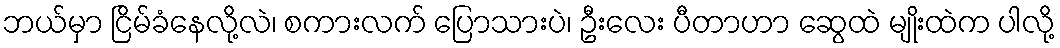
ဘယ်မှာ ငြိမ်ခံနေလို့လဲ၊ စကားလက် ပြောသားပဲ၊ ဦးလေး ပီတာဟာ ဆွေထဲ မျိုးထဲက ပါလို့